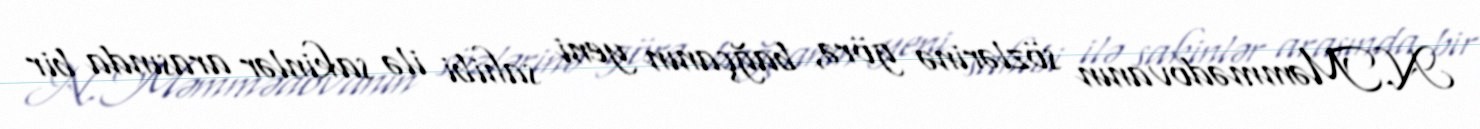
N.Məmmədovanın sözlərinə görə, bağçanın yeni sahibi ilə sakinlər arasında bir